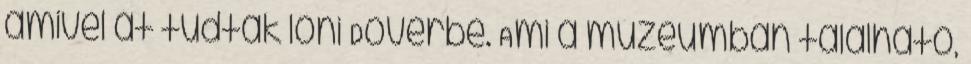
amivel át tudtak lőni Doverbe. Ami a múzeumban található,